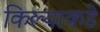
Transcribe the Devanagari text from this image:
किल्याकडे